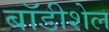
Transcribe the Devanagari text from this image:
बॉडीशेल